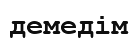
демедім